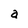
Character: a